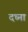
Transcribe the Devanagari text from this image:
दध्ना